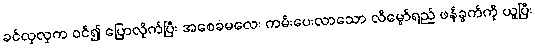
ခင်လှလှက ဝင်၍ ပြောလိုက်ပြီး အစေခံမလေး ကမ်းပေးလာသော လိမ္မော်ရည် ဖန်ခွက်ကို ယူပြီး